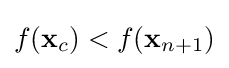
f(\mathbf {x} _{c})<f(\mathbf {x} _{n+1})